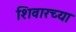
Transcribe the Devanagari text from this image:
शिवारच्या